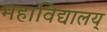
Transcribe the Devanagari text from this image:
महाविद्यालय्